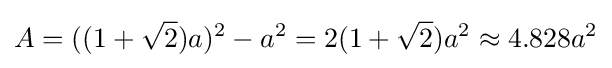
A=((1+{\sqrt {2}})a)^{2}-a^{2}=2(1+{\sqrt {2}})a^{2}\approx 4.828a^{2}